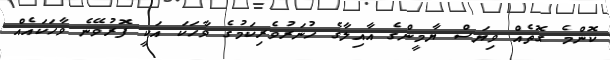
ކޮންމެ ގޮތެއް ވިޔަސް ޔާމީންގެ އާއިލާގެ ހުނަރުވެރިކަމުގެ ވާހަކަ އަކީ ފޮރުވޭނެ ވާހަކައެއް